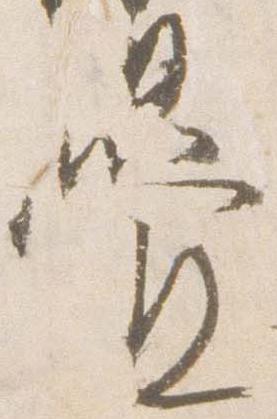
畳